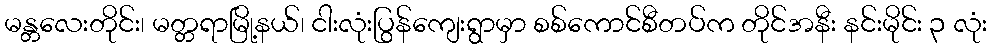
မန္တလေးတိုင်း၊ မတ္တရာမြို့နယ်၊ ငါးလုံးပြွန်ကျေးရွာမှာ စစ်ကောင်စီတပ်က တိုင်အနီး နင်းမိုင်း ၃ လုံး